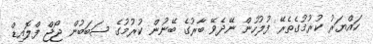
ހައްޔަރު ކުރުމުގެތެރޭ ފުލުހުން ނޭދެވޭ ބާރުގެ ބޭނުން ކުރުމުގެ ސަބަބުން ޖޯޖް ފްލޮއިޑް